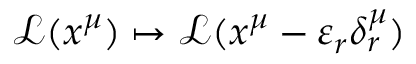
{ \mathcal { L } } ( x ^ { \mu } ) \mapsto { \mathcal { L } } ( x ^ { \mu } - \varepsilon _ { r } \delta _ { r } ^ { \mu } )